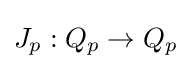
J_{p}:Q_{p}\to Q_{p}